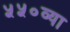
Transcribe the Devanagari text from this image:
५५०व्या